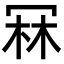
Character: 冧